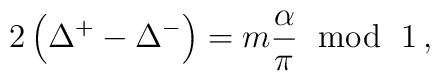
2\left( \Delta ^{+}-\Delta ^{-}\right) =m\displaystyle\frac{\alpha }{\pi }\, \, \bmod \, \, 1\, ,